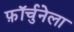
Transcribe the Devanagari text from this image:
फ़ॉर्चुनेला